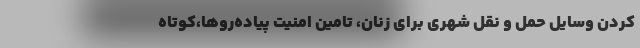
کردن وسایل حمل و نقل شهری برای زنان، تامین امنیت پیاده‌روها،کوتاه